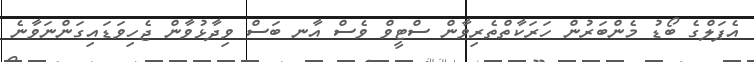
އެޕަލްގެ ބޯޑު މެންބަރުން ހަރަކާތްތެރިވާން ސްޓީވް ވެސް އާނ ބަސް ވިދާޅުވާން ޖެހިވަޑައިގަންނަވާނެ